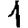
Digit: 1